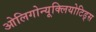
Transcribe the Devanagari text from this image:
ओलिगोन्यूक्लियोटिड्स